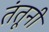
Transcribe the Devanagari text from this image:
तंतूनी